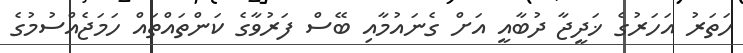
ހަތަރު އަހަރުގެ ޚަދީޖާ ދުބާއީ އަށް ގެނައުމާއި ބޭސް ފަރުވާގެ ކަންތައްތައް ހަމަޖެއްސުމުގެ